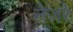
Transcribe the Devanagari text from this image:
लेजरे